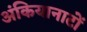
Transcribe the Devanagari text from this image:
अंकियानाटों